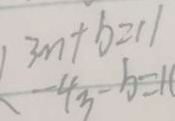
3 m + b = 1 1